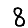
Digit: 8